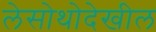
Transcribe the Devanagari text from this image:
लेसोथोदेखील